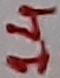
Text: 14